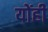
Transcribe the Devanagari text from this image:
योंही